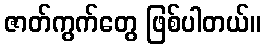
ဇာတ်ကွက်တွေ ဖြစ်ပါတယ်။